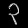
Digit: ၃